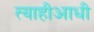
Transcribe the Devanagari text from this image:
त्याहीआधी